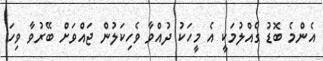
އެންމެ ބޮޑު ގެއްލުމަކީ އެ މީހަކު ދުއްވާ ވެހިކަލުން ޖައްވަށް ބޭރުވާ ވިހަ